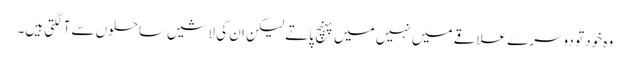
وہ خود تو دوسرے علاقے میں نہیں میں پہنچ پاتے لیکن ان کی لاشیں ساحلوں سے آلگتی ہیں۔